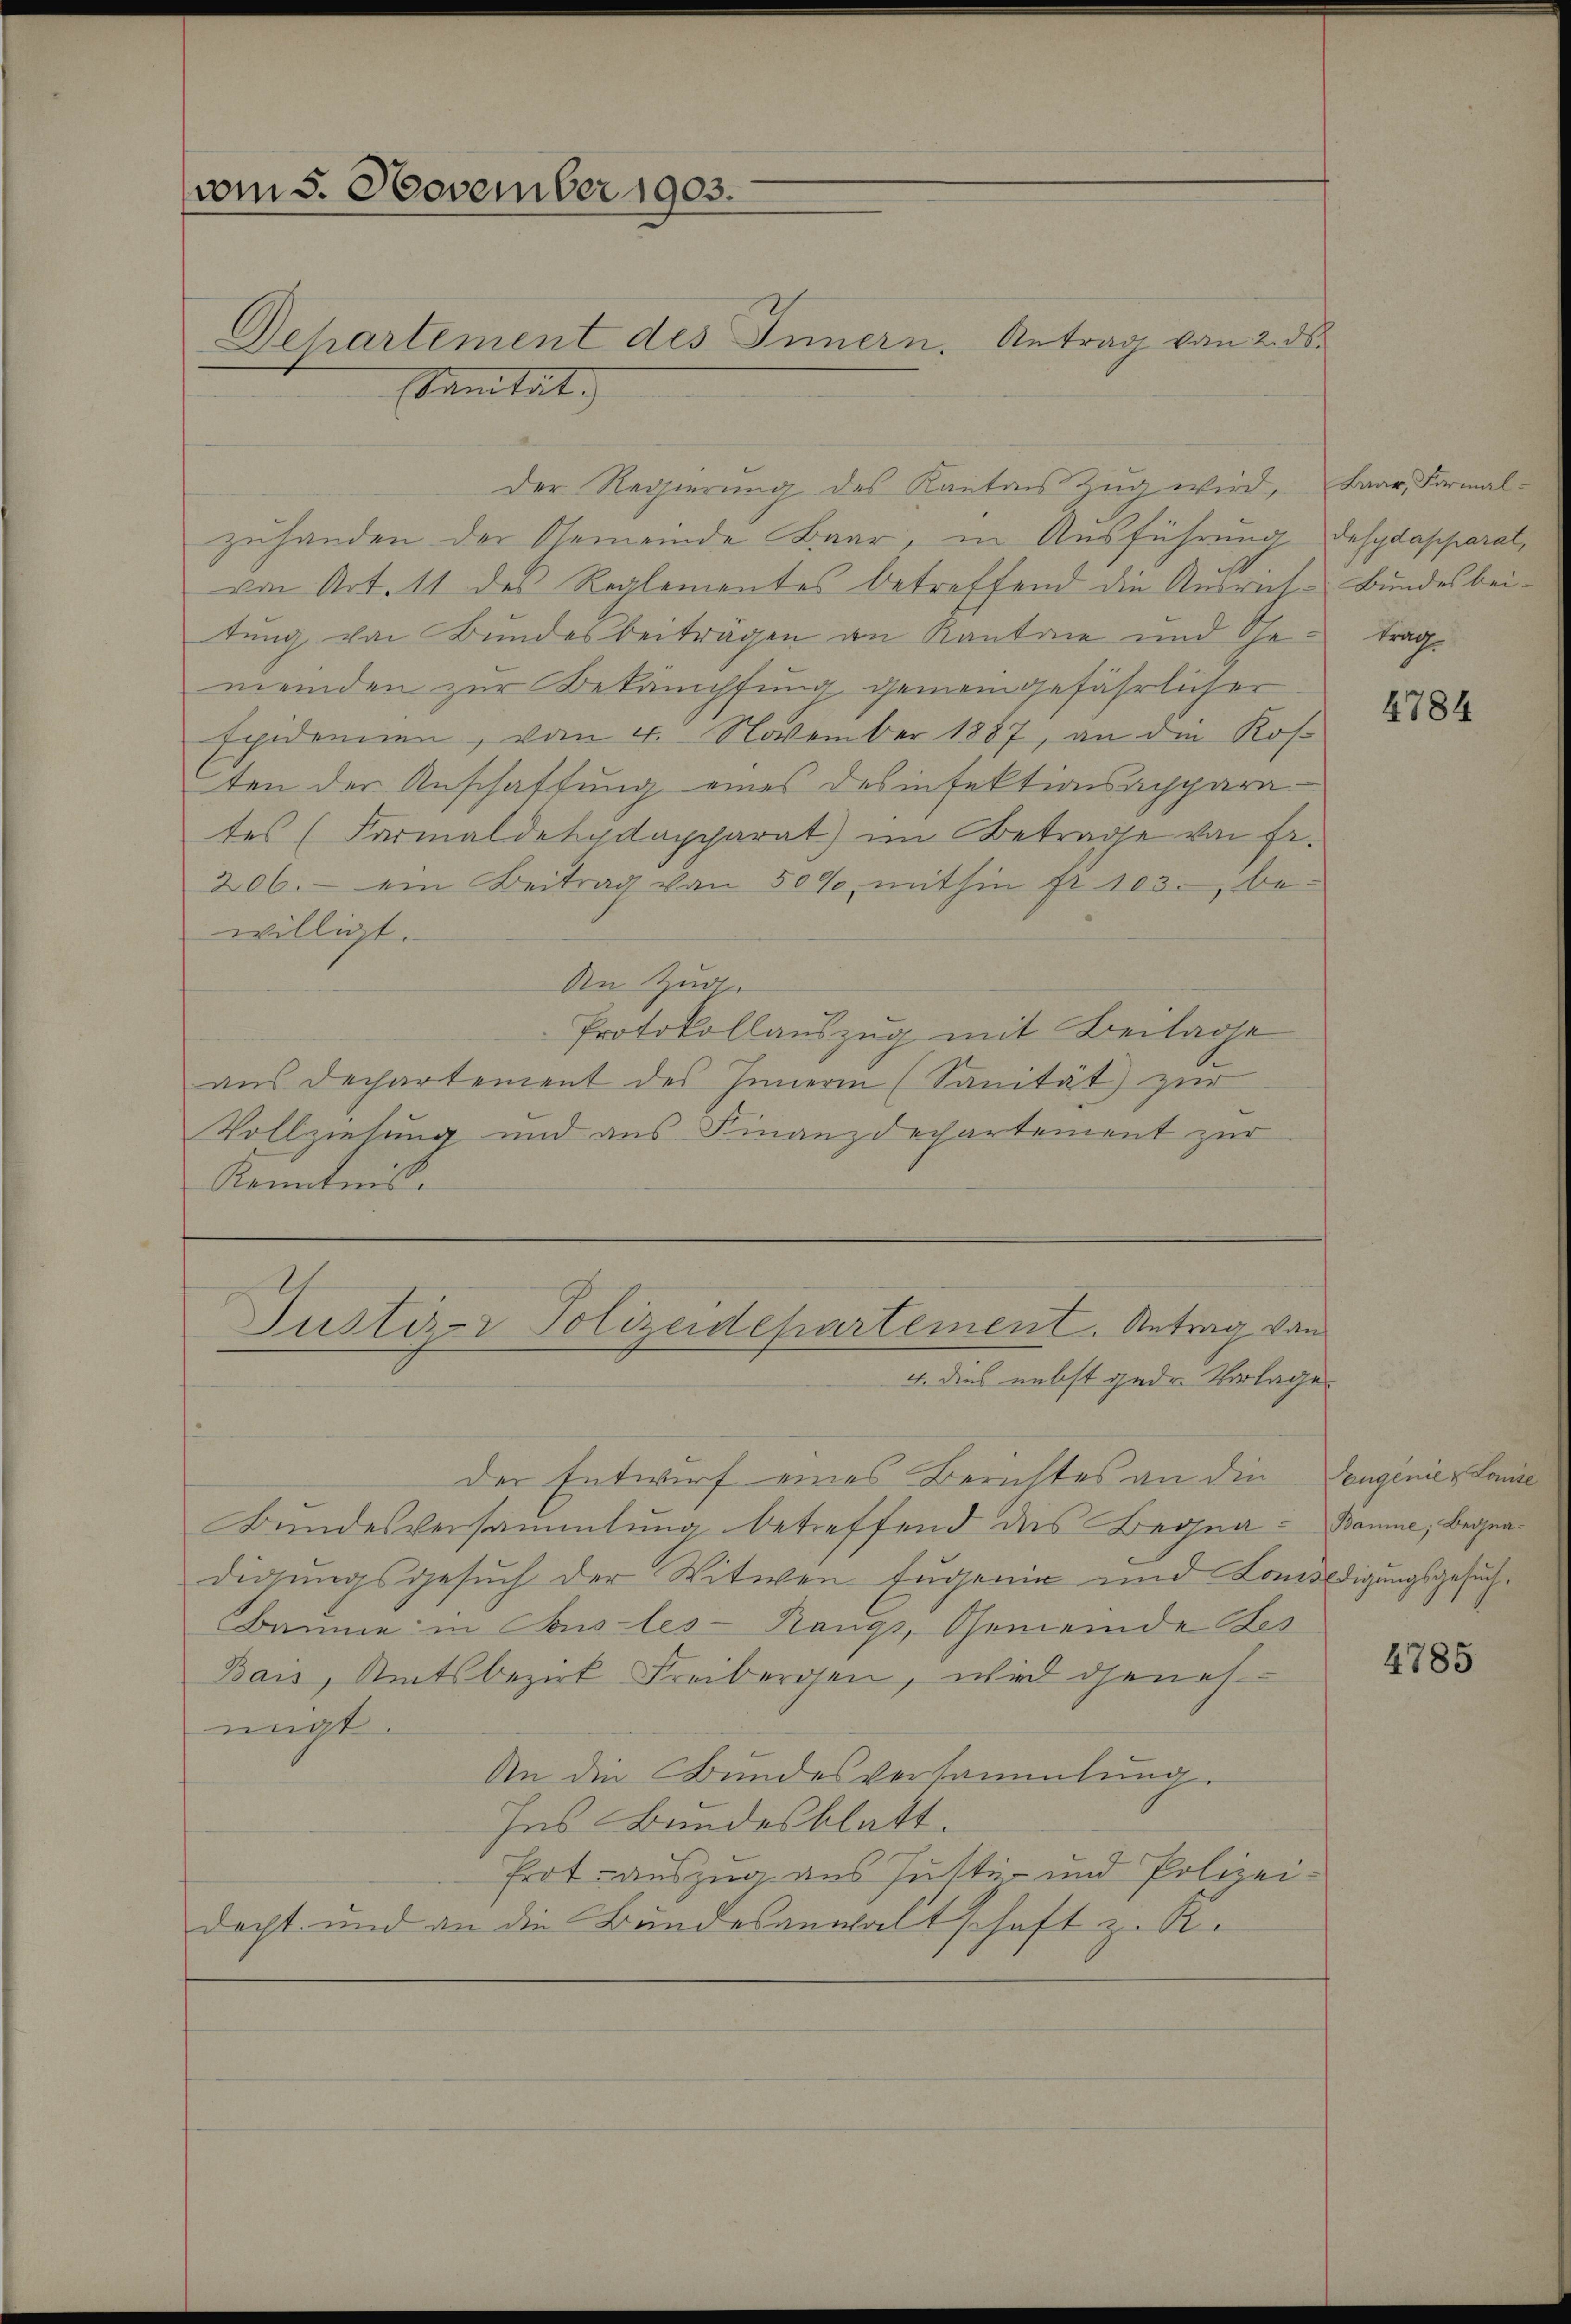
vom 5. November 1903.
Dehartement des Innern.
Sanitat.

Der Regierung des Kantons Zug wird,
zuhanden der Gemeinde Baar, in Ausführung desydapparat,
von Art. 11 des Reglementes betreffend die Ausrich-Bundesbeitung von Bundesbeiträgen an Kantone und Getragmeinden zur Bekäniffung gemeingefährlicher
spidennen, vom 4. November 1887, an die Kosten der Anschaffung eines des infektionsachpara
tes (Formaldekadapparat) im Betrage von Fr.
206. ein Beitrag von 50 % mithin fr. 103. bewilligt.
An Zug.
Protokollauszug mit Beilage
aus Dechartement des Innern (Sanität zur
Vollziehung und aus Finanzdechartement zur
Kenntnis.

Antrag vom 2. ds.

Justirer Polizeidepartement. Antrag von
4. dies nebst gedr. Vorlage

der Entwurf eines Berichtes an die Zeugenier Lande
Bundesversammlung betreffend das Begna - Baume; Begnadigungsgesuch der Witwen Eugenie und Comiedigungsgesuch¬
Baume in Tous les-Rangs, Gemeinde Fes
Bais, Amtsbezirk Freibergen, wird denes
migt.
An die Bundesversammlung.
Ins Bundesblatt.
Prot auszug aus Justiz- und Polizeidacht und an die Bundesanwaltschaft z. K.

Baar, Formal-

4784

4785